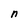
Character: n